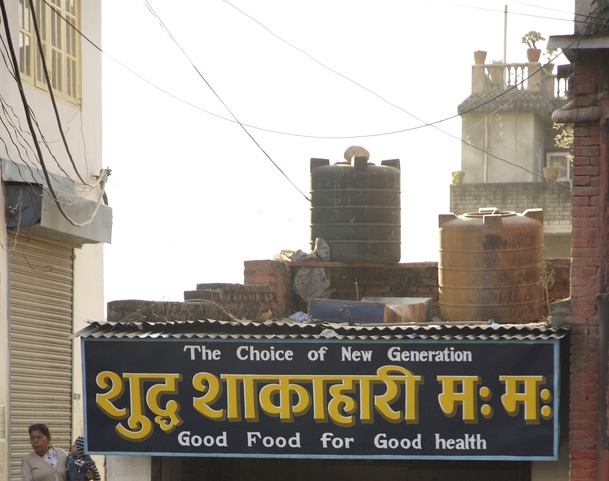
Language: hindi
Transcription: शुद्ध शाकाहारी